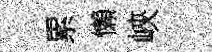
累懶峽